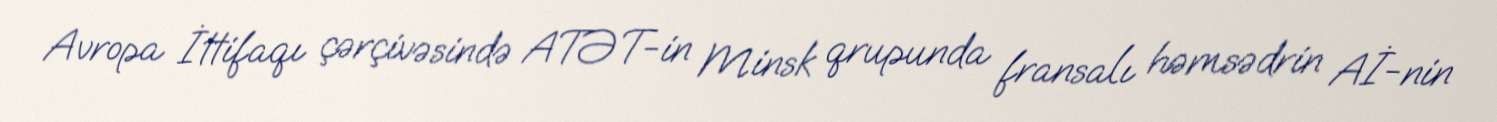
Avropa İttifaqı çərçivəsində ATƏT-in Minsk qrupunda fransalı həmsədrin Aİ-nin